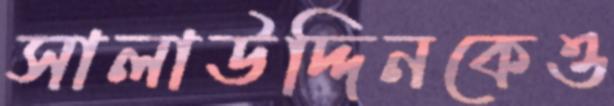
সালাউদ্দিনকেও